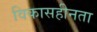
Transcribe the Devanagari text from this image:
विकासहीनता